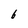
Character: 6